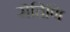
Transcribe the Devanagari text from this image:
रोहिणि